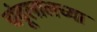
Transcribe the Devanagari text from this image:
चंदूलालच्या